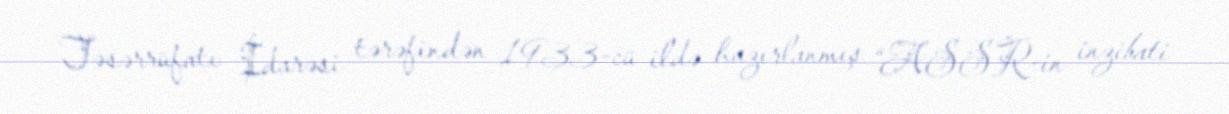
Təsərrüfatı İdarəsi tərəfindən 1933-cü ildə hazırlanmış “ASSR-in inzibati